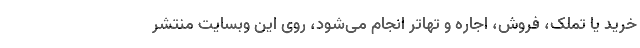
خرید یا تملک، فروش، اجاره و تهاتر انجام می‌شود، روی این وبسایت منتشر